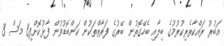
އަބުރު ރައްކާތެރިކުރުމުގެ ބިލާއި ބެހޭގޮތުން ބޭރުގެ ފަރާތްތަކުން ކަންބޮޑުވުން ފާޅުކޮށްފި3 މަސް 3